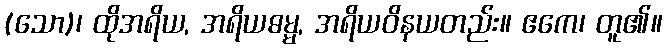
(သော)၊ ထိုအရိယ, အရိယဓမ္မ, အရိယဝိနယတည်း။ ဧကေ၊ တူ၏။